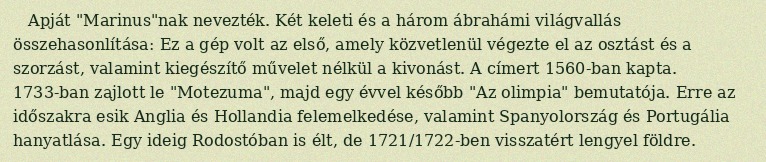
Apját "Marinus"nak nevezték. Két keleti és a három ábrahámi világvallás összehasonlítása: Ez a gép volt az első, amely közvetlenül végezte el az osztást és a szorzást, valamint kiegészítő művelet nélkül a kivonást. A címert 1560-ban kapta. 1733-ban zajlott le "Motezuma", majd egy évvel később "Az olimpia" bemutatója. Erre az időszakra esik Anglia és Hollandia felemelkedése, valamint Spanyolország és Portugália hanyatlása. Egy ideig Rodostóban is élt, de 1721/1722-ben visszatért lengyel földre.